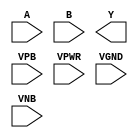
module sky130_fd_sc_hdll__xnor2 (
    //# {{data|Data Signals}}
    input  A   ,
    input  B   ,
    output Y   ,

    //# {{power|Power}}
    input  VPB ,
    input  VPWR,
    input  VGND,
    input  VNB
);
endmodule